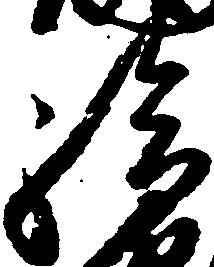
給